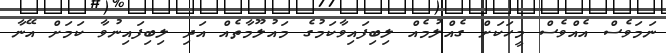
ނަމަވެސް އެއްވެސް މީހަކަށް ގެއްލުމެއް ލިބިފައިވާކަމުގެ މައުލޫމާތެއް އަދި ލިބިފައިނުވާ ކަމަށް އޭނާ